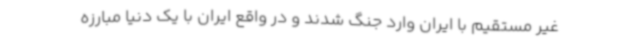
غیر مستقیم با ایران وارد جنگ شدند و در واقع ایران با یک دنیا مبارزه